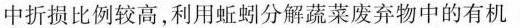
中折损比例较高，利用蚯蚓分解蔬菜废弃物中的有机